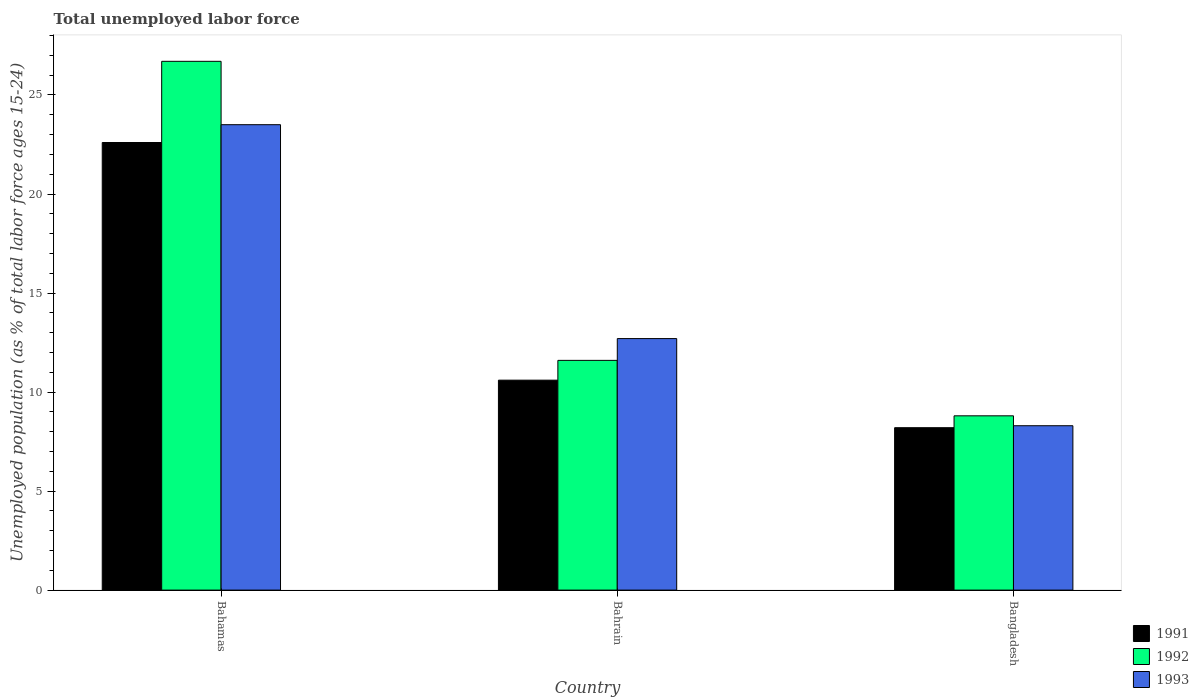
| Country | 1991 | 1992 | 1993 |
 | --- | --- | --- | --- |
 | Bahamas | 22.6 | 26.7 | 23.5 |
 | Bahrain | 10.6 | 11.6 | 12.7 |
 | Bangladesh | 8.2 | 8.8 | 8.3 |